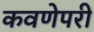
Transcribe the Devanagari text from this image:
कवणेपरी